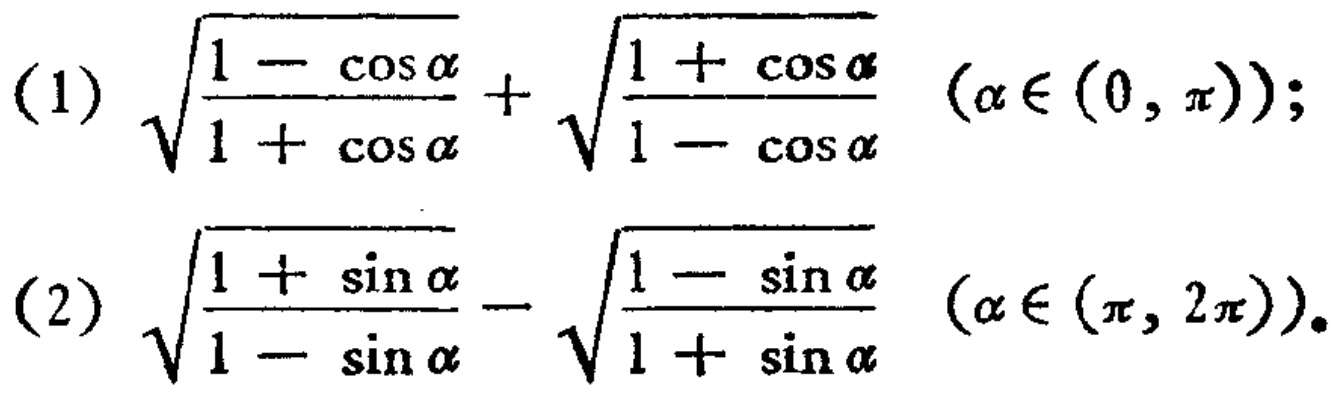
(1) \(\sqrt{\frac{1 - \cos\alpha}{1 + \cos\alpha}}+ \sqrt{\frac{1 + \cos\alpha}{1 - \cos\alpha}}\ (\alpha\in(0,\pi))\);
(2) \(\sqrt{\frac{1 + \sin\alpha}{1 - \sin\alpha}}- \sqrt{\frac{1 - \sin\alpha}{1 + \sin\alpha}}\ (\alpha\in(\pi,2\pi))\)